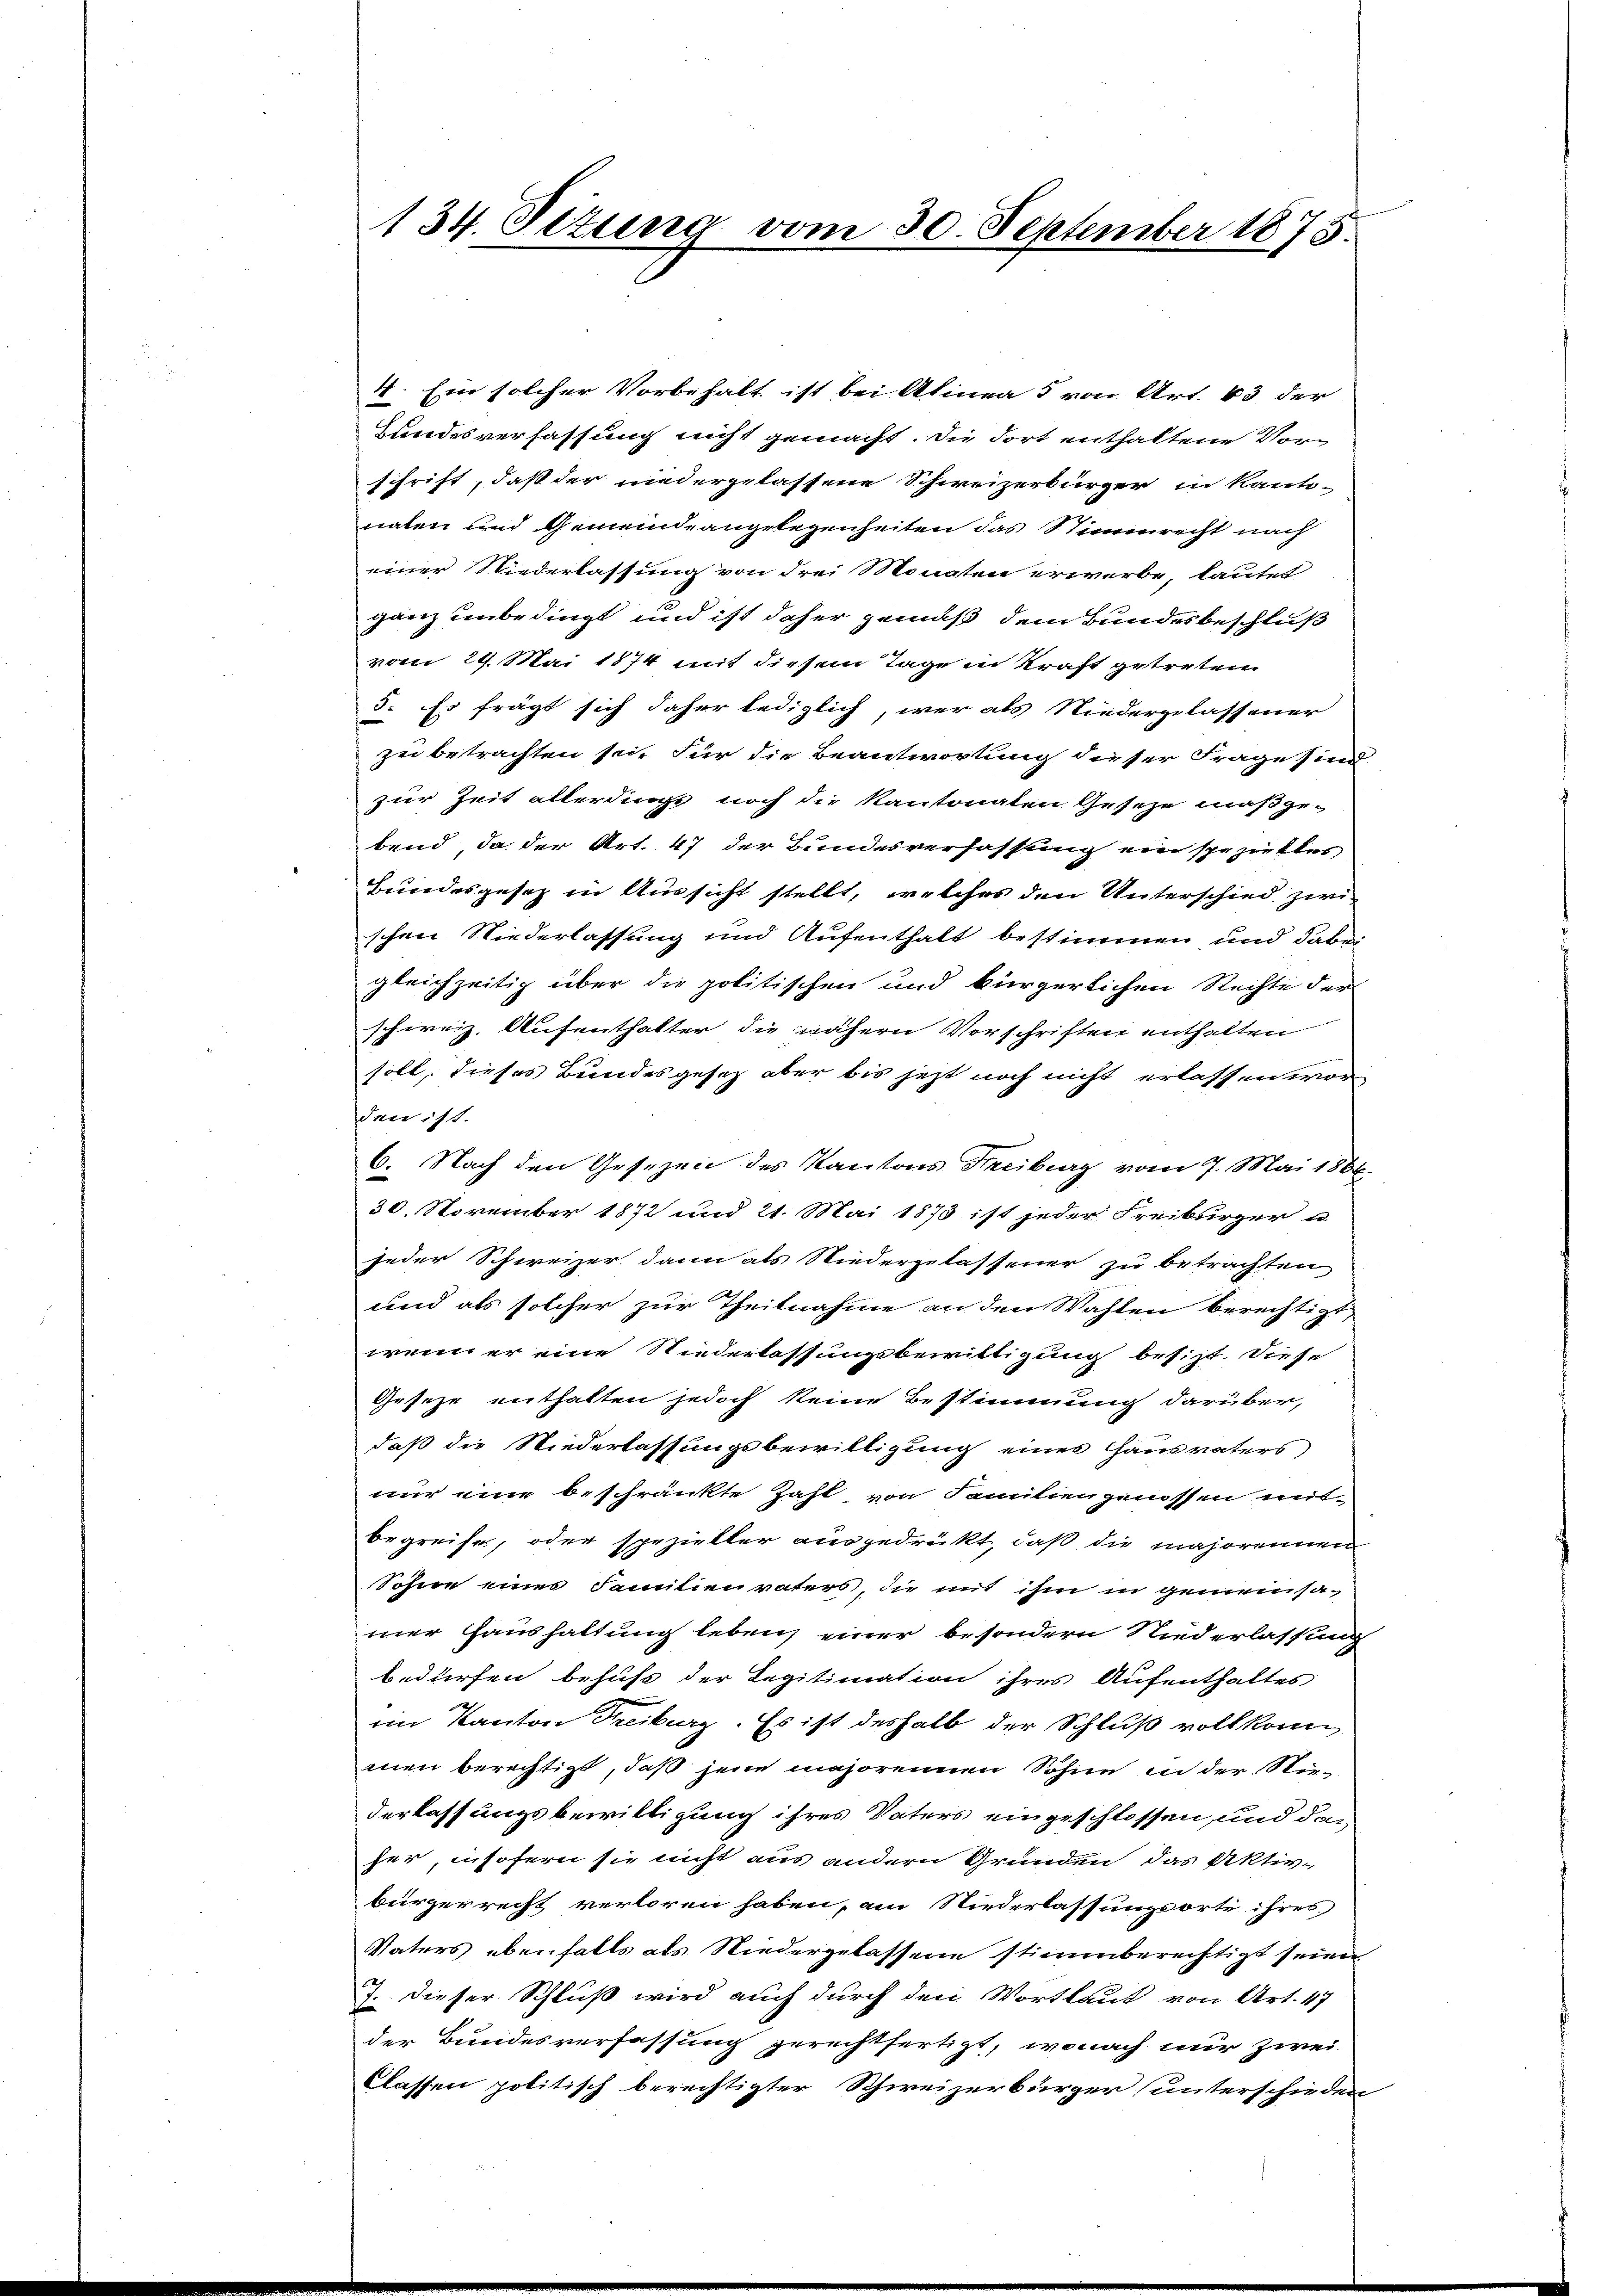
134. Situng vom 30. September 1875.

4. Ein solcher Vorbehalt ist bei Alinea 5 von Art. 63 der
Hundesverfassung nicht gemacht. Die dort enthaltene Vor-
schrift, daß der niedergelassene Schweizerbürger in Kanto-
naten und Gemeindeangelegenheiten das Stimmrecht nach
einer Niederlassung von drei Monaten erwerbe, lautet
ganz unbedingt und ist daher gemäß dem Bundesbeschluß
vom 29. Mai 1874 mit diesem Tage in Kraft getreten
5. Es frägt sich daher lediglich, wer als Niedergelassener
zu betrachten sei. Für die Beantwortung dieser Frage sind
zur Zeit allerdings noch die Kantonalen Geseze maßgebend, da der Art. 47 der Bundesverfassung ein spezielles
Bundesgesetz in Aussicht stellt, welches den Unterschied zwi
schen Niederlassung und Aufenthalt bestimmen und dabei
gleichzeitig über die politischen und bürgerlichen Rechte der
schweiz. Aufenthalter die nähern Vorschriften enthalten
soll, dieses Bundesgesez aber bis jetzt noch nicht erlassen wor
den ist.
6. Nach den Gesezen des Kantons Freiburg vom 7. Mai 1866.
30. November 1872 und 21. Mai 1873 ist jeder Freiburger u
jeder Schweizer dann als Niedergelassener zu betrachten
und als solcher zur Theilnahme an den Wahlen berechtigt,
wenn er eine Niederlassungsbewittigung besizt. Diese
Geseze enthalten jedoch keine Bestimmung darüber,
daß die Niederlassungsbewilligung eines Hausvaters
nur eine beschränkte Zahl, von Familiengenossen mitbegreife, oder spezieller ausgedrückt, daß die majorennen
Sohne eines Familienvaters, die mit ihm in gemeinsa-
mer Haushaltung leben einer besondern Niederlassung
bedürfen behufs der Legitimation ihres Aufenthaltes
im Kanton Freiburg. Es ist deshalb der Schluß vollkom
men berechtigt, daß jene majorennen Söhne in der Niederlassungsbewilligung ihres Vaters eingeschlossen, und dann
her, insofern sie nicht aus andern Grunden, das Aktiv-
bürgerrecht verloren haben, am Niederlassungsorte ihres
Vaters ebenfalls als Niedergelassene stimmberechtigt seien
7. Dieser Schluß wird auch durch den Wortlaut von Art. 47
der Bundesverfassung gerechtfertigt, wonach nur zwei
Classen politisch berechtigter Schweizerbürger unterschieden